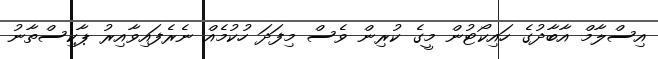
އިސްލާމް އާބާދުގެ ހައިކޯޓުން މީގެ ކުރިން ވެސް މިފަދަ ހުކުމެއް ނެރެފައިވާއިރު ޕާކިސްތާނު